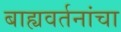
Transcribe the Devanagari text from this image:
बाह्यवर्तनांचा